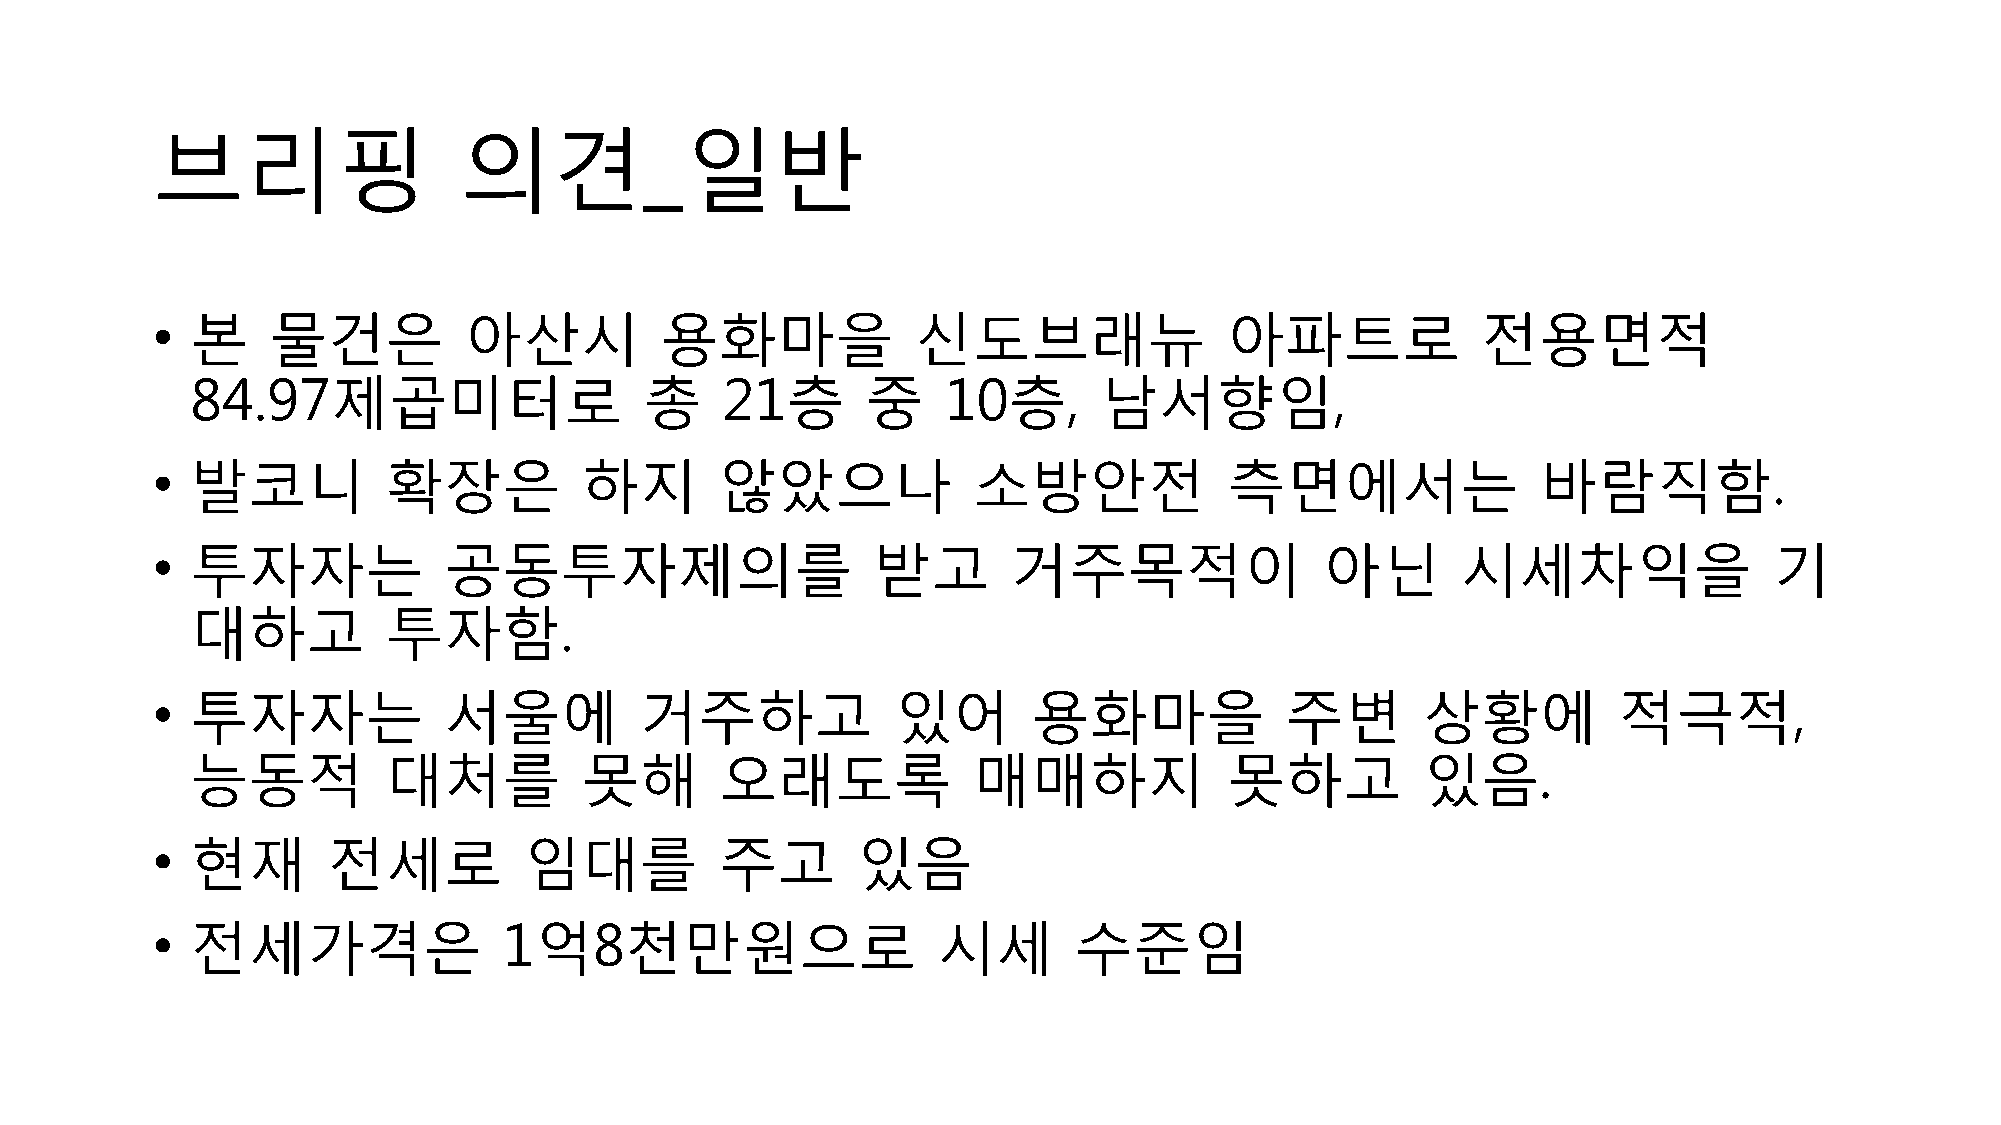
브리핑                 의견_일반
 •  본    물건은          아산시          용화마을             신도브래뉴               아파트로             전용면적
 84.97제곱미터로                    총    21층      중     10층,      남서향임,
 •  발코니          확장은         하지        않았으나            소방안전             측면에서는                바람직함.
 •  투자자는            공동투자제의를                      받고       거주목적이                아닌       시세차익을               기
 대하고          투자함.
 •  투자자는            서울에          거주하고             있어       용화마을             주변       상황에          적극적,
 능동적          대처를         못해        오래도록            매매하지             못하고          있음.
 •  현재       전세로          임대를          주고       있음
 •  전세가격은               1억8천만원으로                     시세       수준임